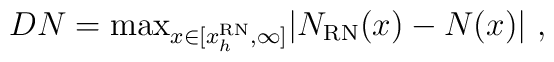
D N  = {\rm max}_{x \in [x_h^{\rm RN}, \infty]}   \vert N_{\rm RN}(x) - N(x) \vert \ ,